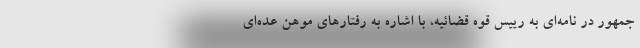
جمهور در نامه‌ای به رییس قوه قضائیه، با اشاره به رفتار‌های موهن عده‌ای